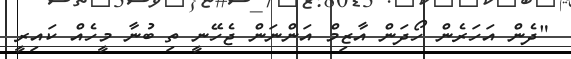
"ދެން އަހަރެން ހޯދަން އާޒިމް އަންނަން ޖެހޭނީ ތި ބުނާ މީހެއް ކައިރީ